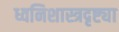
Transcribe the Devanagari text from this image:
ध्वनिशास्त्रदृष्ट्या